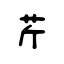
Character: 芹